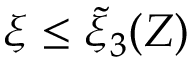
\xi \le \tilde { \xi } _ { 3 } ( Z )